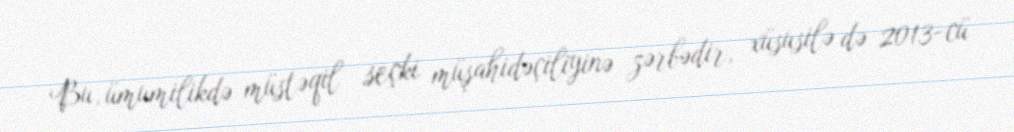
Bu, ümumilikdə müstəqil seçki müşahidəçiliyinə zərbədir, xüsusilə də 2013-cü